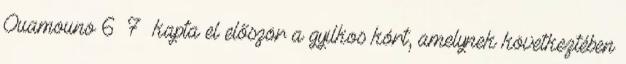
Ouamouno 6 7 kapta el először a gyilkos kórt, amelynek következtében